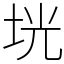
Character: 垙